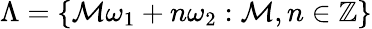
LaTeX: \Lambda=\{ \mathcal{M}\omega_{1}+n\omega_{2}:\mathcal{M},n\in\mathbb{{Z}}\}